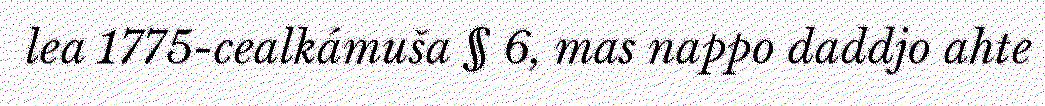
lea 1775-cealkámuša § 6, mas nappo daddjo ahte